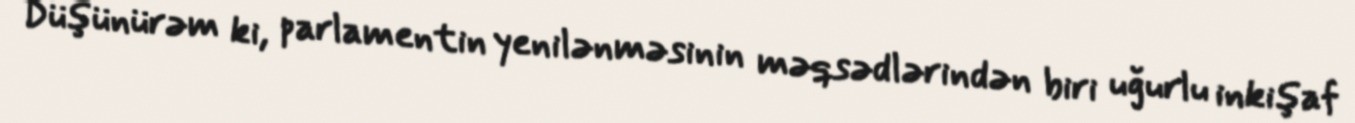
Düşünürəm ki, parlamentin yenilənməsinin məqsədlərindən biri uğurlu inkişaf